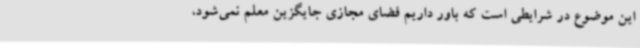
این موضوع در شرایطی است که باور داریم فضای مجازی جایگزین معلم نمی‌شود،